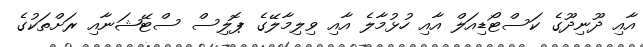
އާއި ދޫނިދޫގެ ކަސްޓޯޑިއަލް އާއި ހުޅުމާލެ އާއި ވިލިމާލޭގެ ޕޮލިސް ސްޓޭޝަނާއި ރަށްތަކުގެ